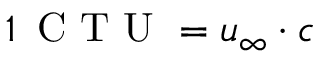
1 \, \mathrm { ~ C ~ T ~ U ~ } = u _ { \infty } \cdot c